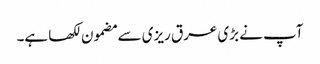
آپ نے بڑی عرق ریزی سے مضمون لکھا ہے۔